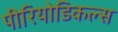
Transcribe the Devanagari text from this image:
पीरियोडिकल्स